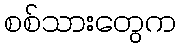
စစ်သားတွေက